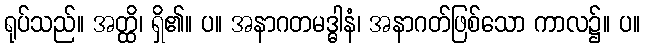
ရုပ်သည်။ အတ္ထိ၊ ရှိ၏။ ပ။ အနာဂတမဒ္ဓါနံ၊ အနာဂတ်ဖြစ်သော ကာလ၌။ ပ။